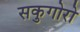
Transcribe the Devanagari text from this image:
सकुगोरो